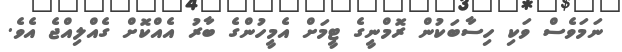
ނަމަވެސް ވަކި ހިސާބަކުން ރޮމްނީގެ ޓީމަށް އެމީހުންގެ ބާރު އެއްކޮށް ގެއްލިއްޖެ އެވެ.